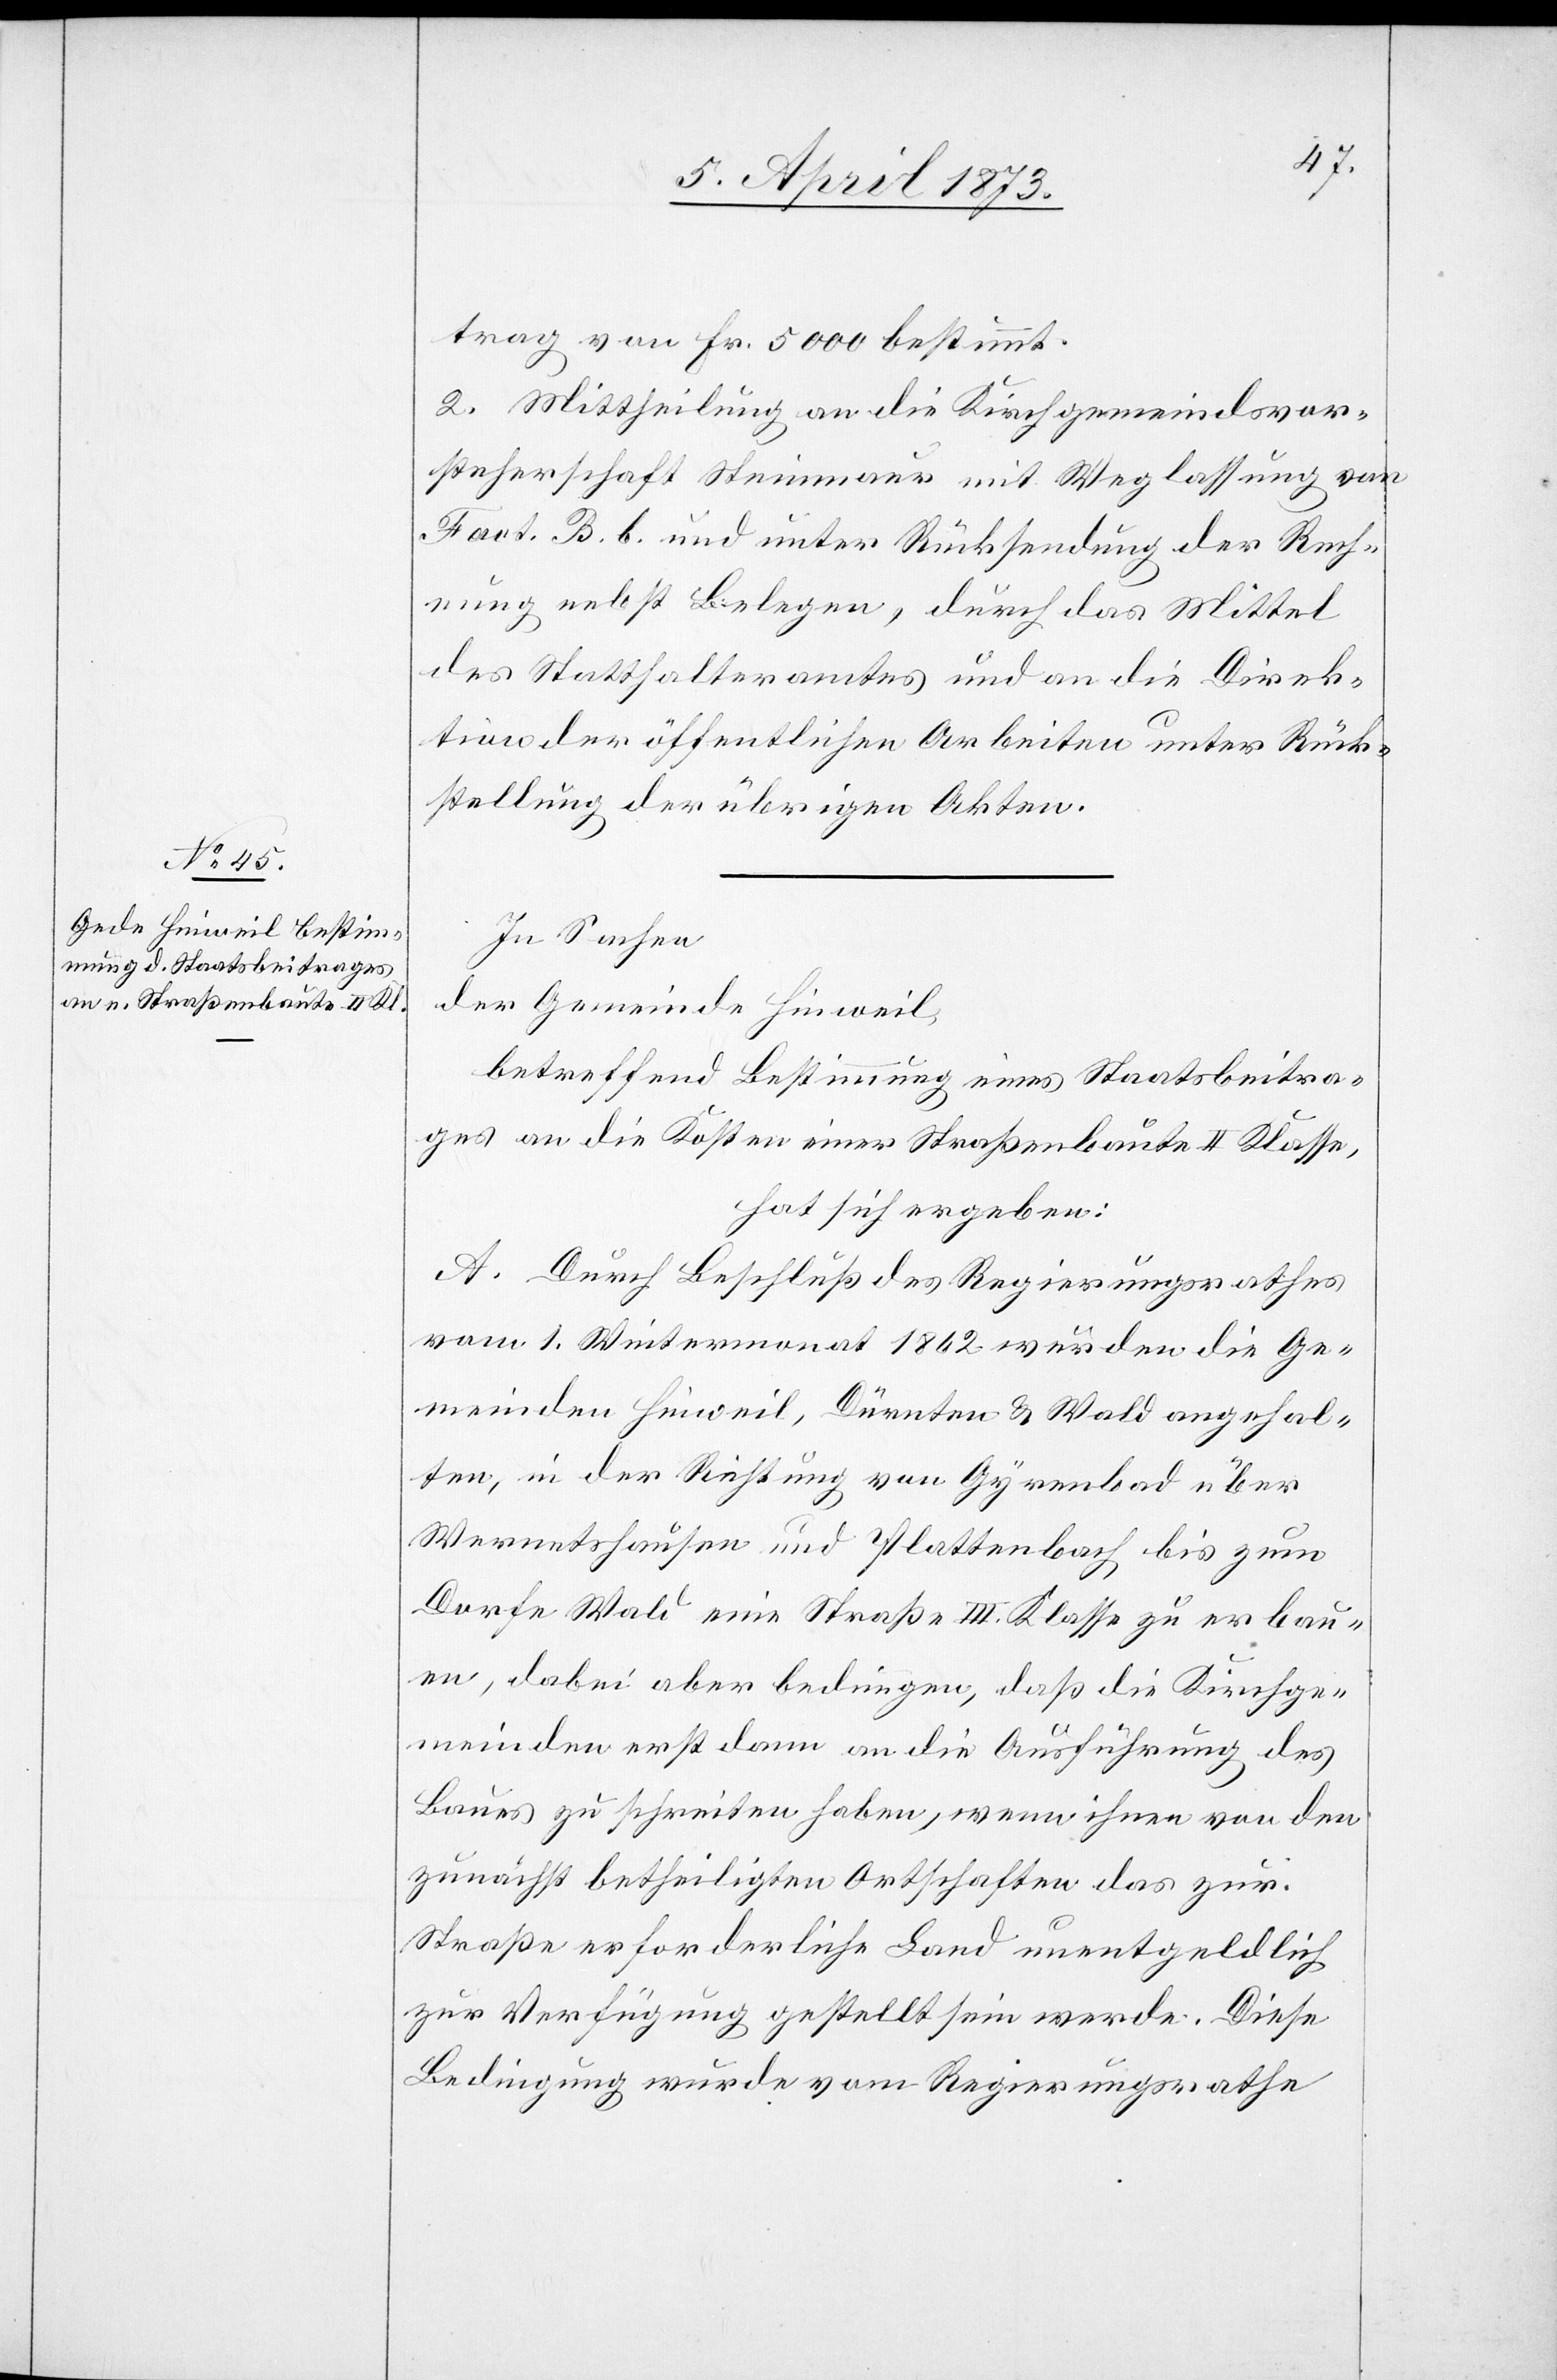
trag von Fr. 5000 bestimmt.
2. Mittheilung an die Kirchgemeindsvor¬
steherschaft Steinmaur mit Weglassung von
Fact. B. b. und unter Rücksendung der Rech¬
nung nebst Belegen, durch das Mittel
des Statthalteramtes und an die Direk¬
tion der öffentlichen Arbeiten unter Rück¬
stellung der übrigen Akten.
In Sachen
der Gemeinde Hinweil,
betreffend Bestimmung eines Staatsbeitra¬
ges an die Kosten einer Straßenbaute II Klasse,
hat sich ergeben:
A. Durch Beschluß des Regierungsrathes
vom 1. Wintermonat 1862 wurden die Ge¬
meinden Hinweil, Dürnten u. Wald angehal¬
ten, in der Richtung von Gyrenbad über
Wernetshausen und Plattenbach, bis zum
Dorfe Wald eine Straße III. Klasse zu erbau¬
en, dabei aber bedingen, daß die Kirchge¬
meinden erst dann an die Ausführung des
Baues zu schreiten haben, wenn ihnen von den
zunächst betheiligten Ortschaften das zur
Straße erforderliche Land unentgeldlich
zur Verfügung gestellt sein werde. Diese
Bedingung wurde vom Regierungsrathe